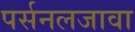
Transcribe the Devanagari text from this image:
पर्सनलजावा